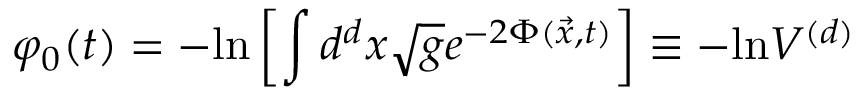
\varphi _ { 0 } ( t ) = - \mathrm { l n } \left[ \int d ^ { d } x \sqrt { g } e ^ { - 2 \Phi ( { \vec { x } } , t ) } \right] \equiv - \mathrm { l n } V ^ { ( d ) }